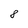
Character: 8